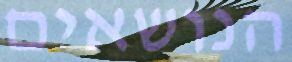
הנושאים